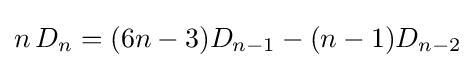
n\,D_{n}=(6n-3)D_{n-1}-(n-1)D_{n-2}